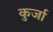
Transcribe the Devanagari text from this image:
कुर्जा